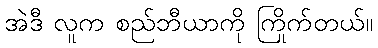
အဲဒီ လူက စည်ဘီယာကို ကြိုက်တယ်။